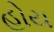
હોય